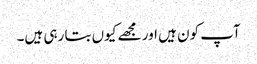
آپ کون ہیں اور مجھے کیوں بتا رہی ہیں۔